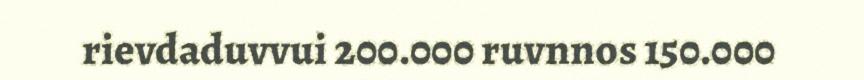
rievdaduvvui 200.000 ruvnnos 150.000